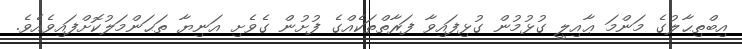
އިބްތިޙާލުގެ މަންމަ ޢާއިލީ ގުޅުމުން ގުޅިފައިވާ ފަރާތްތަކެއްގެ ފުށުން ގެވެށި އަނިޔާ ތަޙަންމަލުކޮށްފައިވެއެވެ.